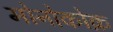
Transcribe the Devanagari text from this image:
मोनोकोक़